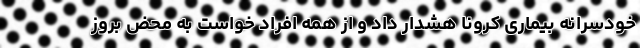
خودسرانه بیماری کرونا هشدار داد و از همه افراد خواست به محض بروز